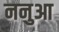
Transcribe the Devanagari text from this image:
ननुआ